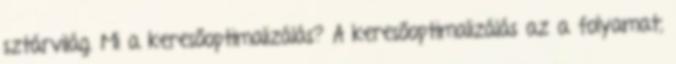
sztárvilág. Mi a keresőoptimalizálás? A keresőoptimalizálás az a folyamat,